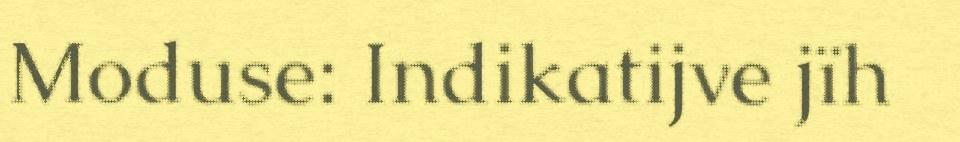
Moduse: Indikatijve jïh